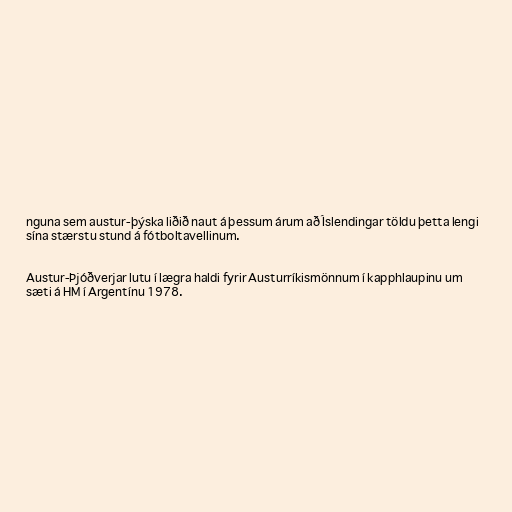
nguna sem austur-þýska liðið naut á þessum árum að Íslendingar töldu þetta lengi
sína stærstu stund á fótboltavellinum.

Austur-Þjóðverjar lutu í lægra haldi fyrir Austurríkismönnum í kapphlaupinu um
sæti á HM í Argentínu 1978.